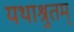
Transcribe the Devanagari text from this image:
यथाश्रुतम्